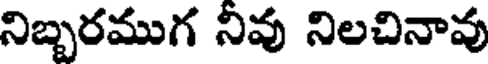
నిబ్బరముగ నివు నిలచినావు